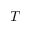
T